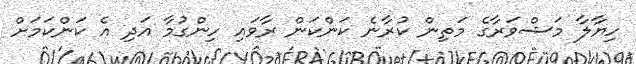
ހިޔާލާ މަޝްވަރާގެ މަތިން ކުރާނެ ކަންކަން ރާވައި ހިންގުމާ އަދި އެ ކަންކަމަށް